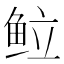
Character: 䲞